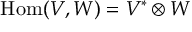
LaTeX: { \mathrm { H o m } } ( V , W ) = V ^ { * } \otimes W